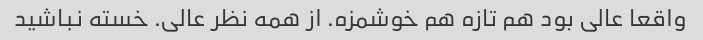
واقعا عالی بود هم تازه هم خوشمزه. از همه نظر عالی. خسته نباشید